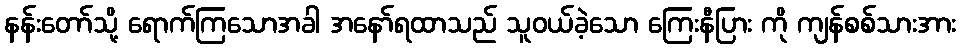
နန်းတော်သို့ ရောက်ကြသောအခါ အနော်ရထာသည် သူဝယ်ခဲ့သော ကြေးနီပြား ကို ကျန်စစ်သားအား